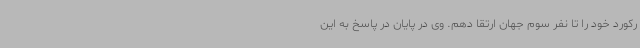
رکورد خود را تا نفر سوم جهان ارتقا دهم. وی در پایان در پاسخ به این